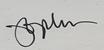
Signature authenticity: genuine